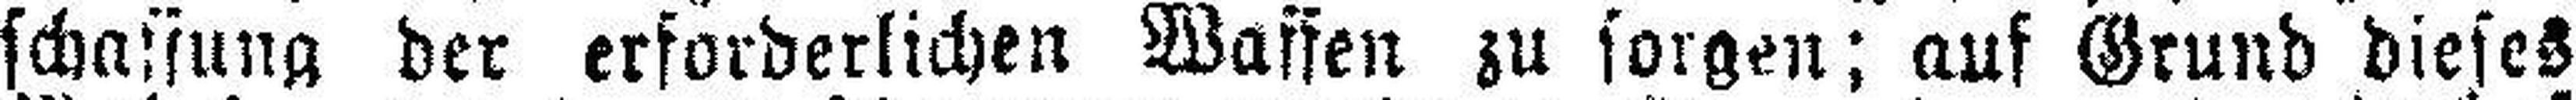
schaffung der erforderlichen Waffen zu sorgen; auf Grund dieses